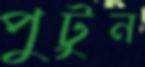
পুটুন